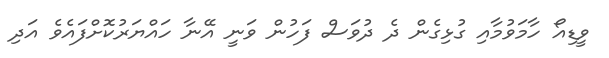
ވީޑިއޯ ހާމަވުމާއި ގުޅިގެން ދެ ދުވަސް ފަހުން ވަނީ އޭނާ ހައްޔަރުކޮށްފައެވެ އަދި